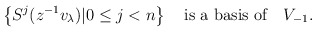
\begin{align*}\left\{ S^j ( z^{-1} v_\lambda ) | 0 \leq j < n \right\} \quad \mbox{is a basis of}\quad V_{-1}. \end{align*}